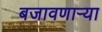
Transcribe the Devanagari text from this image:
बजावणार्‍या